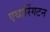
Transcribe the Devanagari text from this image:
एथारिंगटन